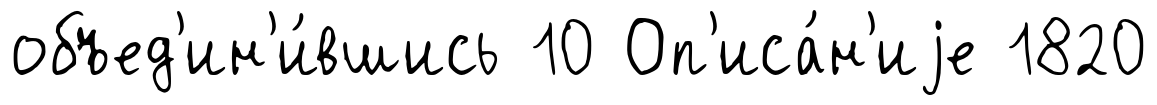
объед'ин'и́вшись 10 Оп'иса́н'иjе 1820